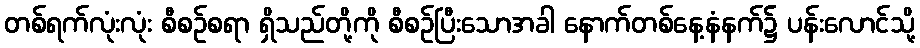
တစ်ရက်လုံးလုံး စီစဉ်စရာ ရှိသည်တို့ကို စီစဉ်ပြီးသောအခါ နောက်တစ်နေ့နံနက်၌ ပန်းလောင်သို့